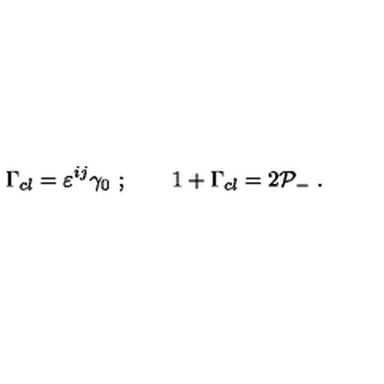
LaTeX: \Gamma _ { c l } = \varepsilon ^ { i j } \gamma _ { 0 } \ ; \qquad 1 + \Gamma _ { c l } = 2 { \cal P } _ { - } \ .